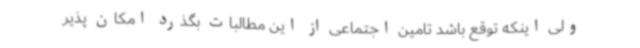
ولی اینکه توقع باشد تامین اجتماعی از این مطالبات بگذرد امکان پذیر